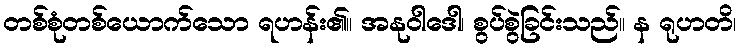
တစ်စုံတစ်ယောက်သော ရဟန်း၏။ အနုဝါဒေါ၊ စွပ်စွဲခြင်းသည်။ န ရုဟတိ၊